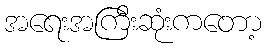
အရေးအကြီးဆုံးကတော့